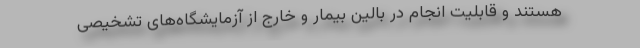
هستند و قابلیت انجام در بالین بیمار و خارج از آزمایشگاه‌های تشخیصی